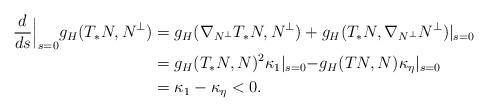
LaTeX: \begin{align*}\frac{d}{ds}\Big\lvert_{s=0}g_H(T_*N,N^\perp)&=g_H(\nabla_{N^\perp}T_*N,N^\perp)+g_H(T_*N,\nabla_{N^\perp}N^\perp)\lvert_{s=0}\\&=g_H(T_*N,N)^2\kappa_1\lvert_{s=0}-g_H(TN,N)\kappa_\eta\lvert_{s=0}\\&=\kappa_1-\kappa_\eta<0.\end{align*}